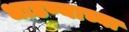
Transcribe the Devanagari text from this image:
धाडण्याच्या